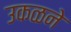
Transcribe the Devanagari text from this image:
उकळने